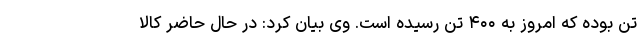
تن بوده که امروز به ۴۰۰ تن رسیده است. وی بیان کرد: در حال حاضر کالا